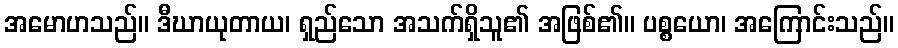
အမောဟသည်။ ဒီဃာယုတာယ၊ ရှည်သော အသက်ရှိသူ၏ အဖြစ်၏။ ပစ္စယော၊ အကြောင်းသည်။